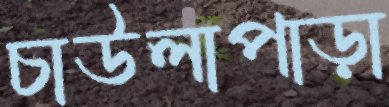
চাউলাপাড়া